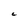
Character: C